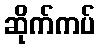
ဆိုက်ကပ်